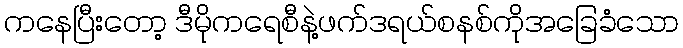
ကနေပြီးတော့ ဒီမိုကရေစီနဲ့ဖက်ဒရယ်စနစ်ကိုအခြေခံသော